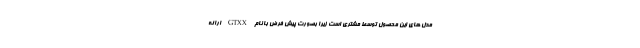
مدل های این محصول توسط مشتری است زیرا بصورت پیش فرض با نام GTXX ارائه